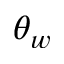
\theta _ { w }